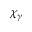
\chi _ { \gamma }